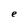
Character: e